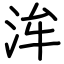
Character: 洠